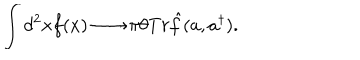
\int d ^ { 2 } x f ( x ) \longrightarrow \pi \theta T r \hat { f } ( a , a ^ { \dagger } ) .